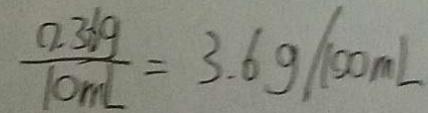
\frac { 0 . 3 6 g } { 1 0 m l } = 3 . 6 g / 1 0 0 m L